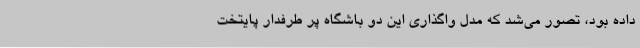
داده بود، تصور می‌شد که مدل واگذاری این دو باشگاه پر طرفدار پایتخت